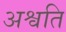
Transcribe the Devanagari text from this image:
अश्वति